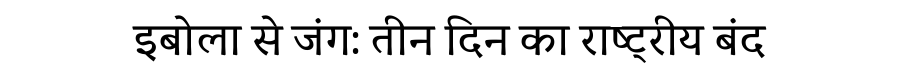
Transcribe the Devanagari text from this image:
इबोला से जंग: तीन दिन का राष्ट्रीय बंद